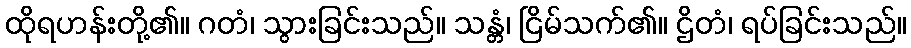
ထိုရဟန်းတို့၏။ ဂတံ၊ သွားခြင်းသည်။ သန္တံ၊ ငြိမ်သက်၏။ ဌိတံ၊ ရပ်ခြင်းသည်။